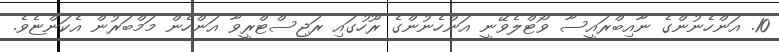
10. އަންހެނުންގެ ނާއިބްރައީސާ ވޯޓްލެވޭނީ އަންހެނުންގެ ރޫހުގައި ރަޖިސްޓްރީވާ އަންހެން މަމްބަރުން އެކަންޏެވެ.